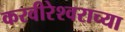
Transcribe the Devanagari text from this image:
करवीरेश्वराच्या